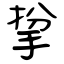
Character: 㧳